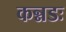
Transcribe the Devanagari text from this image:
कन्नडः